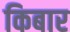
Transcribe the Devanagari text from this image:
किबार